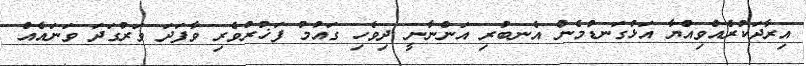
އިރާދަކުރެއްވިއްޔާ އަޅުގަނޑުމެން އެނބުރި އަންނާނީ ދިވެހި ގައުމު ފަޚުރުވެރި ވާފަދަ ވަރުގަދަ ވަނައެއް